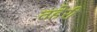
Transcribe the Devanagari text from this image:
तहेरी